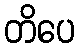
တိပေ